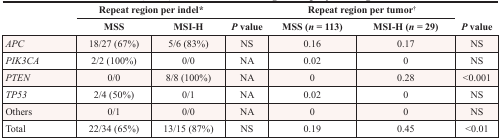
<table><thead><tr><td></td><td colspan="2"><b>Repeat region per indel*</b></td><td></td><td colspan="2"><b>Repeat region per tumor<sup>†</sup></b></td><td></td></tr><tr><td></td><td><b>MSS</b></td><td><b>MSI-H</b></td><td><b><i>P</i> value</b></td><td><b>MSS (<i>n</i> = 113)</b></td><td><b>MSI-H (<i>n</i> = 29)</b></td><td><b><i>P</i> value</b></td></tr></thead><tbody><tr><td><i>APC</i></td><td>18/27 (67%)</td><td>5/6 (83%)</td><td>NS</td><td>0.16</td><td>0.17</td><td>NS</td></tr><tr><td><i>PIK3CA</i></td><td>2/2 (100%)</td><td>0/0</td><td>NA</td><td>0.02</td><td>0</td><td>NS</td></tr><tr><td><i>PTEN</i></td><td>0/0</td><td>8/8 (100%)</td><td>NA</td><td>0</td><td>0.28</td><td>&lt;0.001</td></tr><tr><td><i>TP53</i></td><td>2/4 (50%)</td><td>0/1</td><td>NA</td><td>0.02</td><td>0</td><td>NS</td></tr><tr><td>Others</td><td>0/1</td><td>0/0</td><td>NA</td><td>0</td><td>0</td><td>NS</td></tr><tr><td>Total</td><td>22/34 (65%)</td><td>13/15 (87%)</td><td>NS</td><td>0.19</td><td>0.45</td><td>&lt;0.01</td></tr></tbody></table>